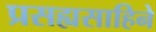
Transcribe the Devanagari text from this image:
प्रसह्यसाहिने